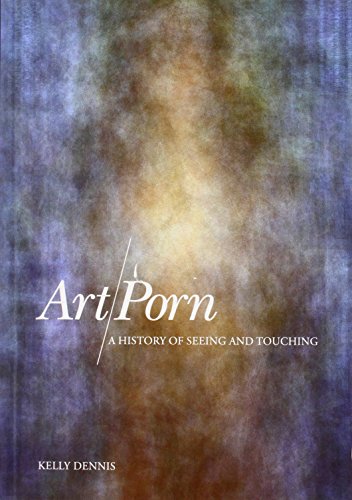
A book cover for Art/Porn: A History of Seeing and Touching; Kelly Dennis; Politics & Social Sciences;